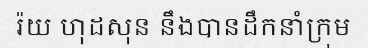
រ៉យ ហុដសុន នឹងបានដឹកនាំក្រុម